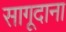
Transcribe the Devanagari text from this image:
सागूदाना